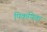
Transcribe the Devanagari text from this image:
पिकनिक